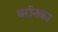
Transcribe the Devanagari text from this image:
बर्रानका